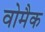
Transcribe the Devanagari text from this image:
वोमैक